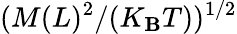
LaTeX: (M(L)^{2}/(K_{\mathbf{B}}T))^{1/2}